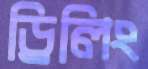
ড্রিলিং